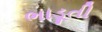
ભાડૂતી